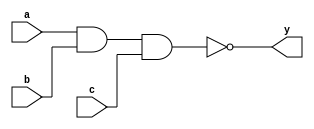
/*
  MIT License

  Copyright (c) 2019 Richard Eng

  Permission is hereby granted, free of charge, to any person obtaining a copy
  of this software and associated documentation files (the "Software"), to deal
  in the Software without restriction, including without limitation the rights
  to use, copy, modify, merge, publish, distribute, sublicense, and/or sell
  copies of the Software, and to permit persons to whom the Software is
  furnished to do so, subject to the following conditions:

  The above copyright notice and this permission notice shall be included in all
  copies or substantial portions of the Software.

  THE SOFTWARE IS PROVIDED "AS IS", WITHOUT WARRANTY OF ANY KIND, EXPRESS OR
  IMPLIED, INCLUDING BUT NOT LIMITED TO THE WARRANTIES OF MERCHANTABILITY,
  FITNESS FOR A PARTICULAR PURPOSE AND NONINFRINGEMENT. IN NO EVENT SHALL THE
  AUTHORS OR COPYRIGHT HOLDERS BE LIABLE FOR ANY CLAIM, DAMAGES OR OTHER
  LIABILITY, WHETHER IN AN ACTION OF CONTRACT, TORT OR OTHERWISE, ARISING FROM,
  OUT OF OR IN CONNECTION WITH THE SOFTWARE OR THE USE OR OTHER DEALINGS IN THE
  SOFTWARE.
*/

/*
  74LS10
  ------
  Triple 3-Input NAND Gate

  Pinout
  ------
          _______
         |       |
     a1 -| 1  14 |- VCC
     b1 -| 2  13 |- c1
     a2 -| 3  12 |- y1
     b2 -| 4  11 |- c3
     c2 -| 5  10 |- b3
     y2 -| 6   9 |- a3
    GND -| 7   8 |- y3
         |_______|
*/
`default_nettype none

module ls10
(
    input wire  a, b, c,
    output wire y
);

nand(y, a, b, c);

endmodule